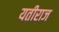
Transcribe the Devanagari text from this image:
यतीराज